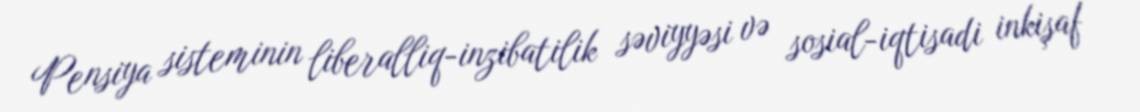
Pensiya sisteminin liberalliq-inzibatilik səviyyəsi və sosial-iqtisadi inkişaf